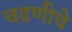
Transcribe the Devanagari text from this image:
चढणीचे